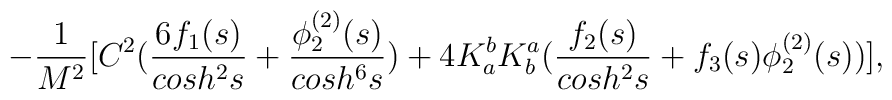
\;\;\;\;\;\;-  \frac{1}{M^2} [ C^2 (\frac{6 f_{1}(s)}{cosh^{2}s} +  \frac{\phi^{(2)}_{2}(s)} {cosh^{6}s}) + 4  K^b_a K^a_b (\frac{f_{2}(s)}{cosh^{2}s} + f_{3}(s) \phi^{(2)}_{2}(s)) ],